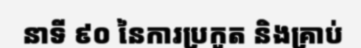
នាទី ៩០ នៃការប្រកួត និងគ្រាប់